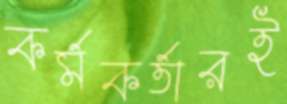
কর্মকর্তারই